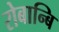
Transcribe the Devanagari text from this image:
रोबान्बि